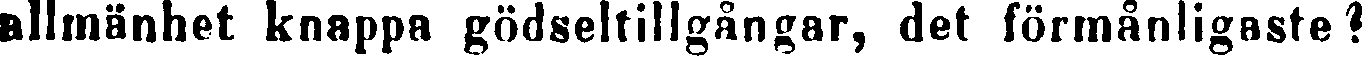
allmänhet knappa gödseltillgångar, det förmånligaste?